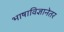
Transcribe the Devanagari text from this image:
भाषाविज्ञानेतर